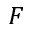
F